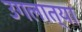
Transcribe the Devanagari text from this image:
उगलात्या